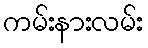
ကမ်းနားလမ်း